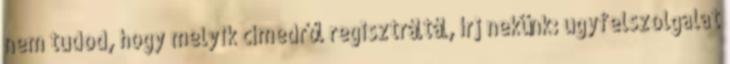
nem tudod, hogy melyik címedről regisztráltál, írj nekünk: ugyfelszolgalat